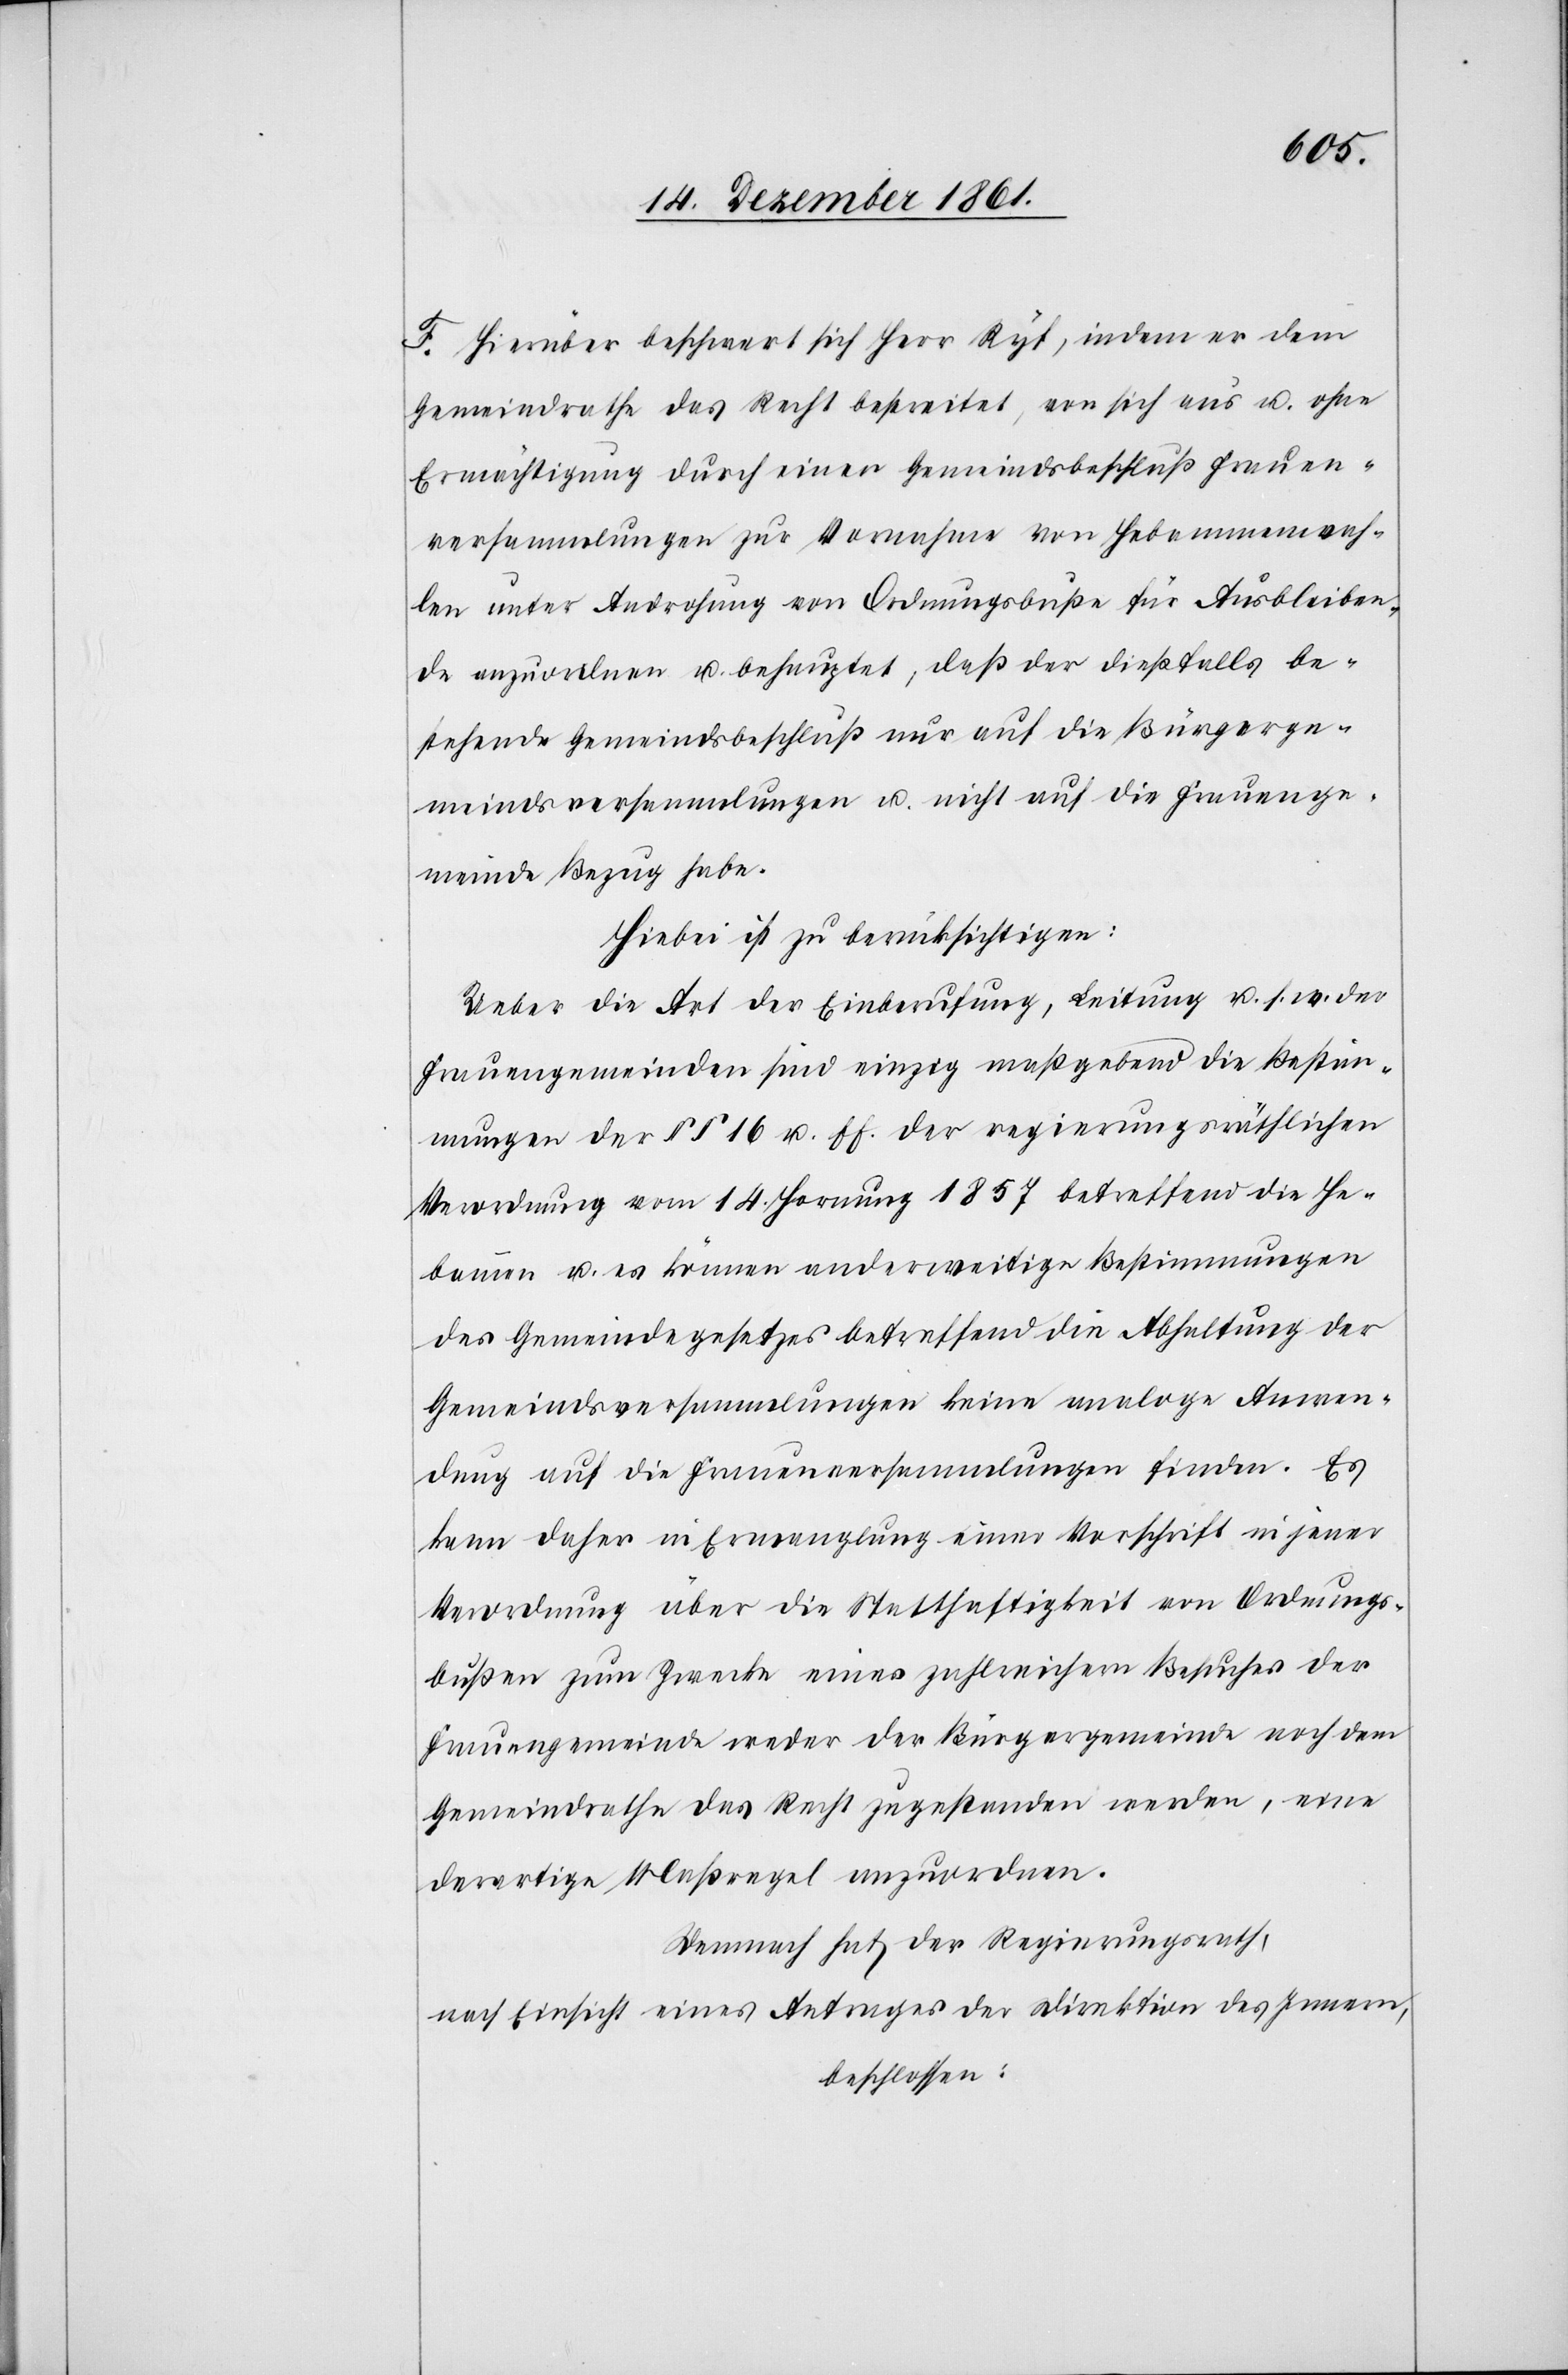
F. Hierüber beschwert sich Herr Ryf, indem er dem
Gemeindrathe das Recht bestreitet, von sich aus u. ohne
Ermächtigung durch einen Gemeindsbeschluß Frauen¬
versammlungen zur Vornahme von Hebammenwah¬
len unter Androhung von Ordnungsbuße für Ausbleiben¬
de anzuordnen u. behauptet, daß der dießfalls be¬
stehende Gemeindsbeschluß nur auf die Bürgerge¬
meindsversammlungen u. nicht auf die Frauenge¬
meinde Bezug habe.
Hiebei ist zu berücksichtigen:
Ueber die Art der Einberufung, Leitung u. s. w. der
Frauengemeinden sind einzig maßgebend die Bestim¬
mungen der §§ 16 u. ff. der regierungsräthlichen
Verordnung vom 14 Hornung 1857 betreffend die He¬
bammen u. es können anderweitige Bestimmungen
des Gemeindegesetzes betreffend die Abhaltung der
Gemeindsversammlungen keine analoge Anwen¬
dung auf die Frauenversammlungen finden. Es
kann daher in Ermanglung einer Vorschrift in jener
Verordnung über die Statthaftigkeit von Ordnungs¬
bußen zum Zwecke eines zahlreichen Besuches der
Frauengemeinde weder der Bürgergemeinde noch dem
Gemeindrathe das Recht zugestanden werden, eine
derartige Maßregel anzuordnen.
Demnach hat der Regierungsrath,
nach Einsicht eines Antrages der Direktion des Innern,
beschlossen: